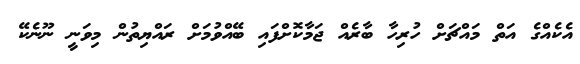
އެކެއްގެ އަތް މައްޗަށް ހުރިހާ ބާރެއް ޖަމާކޮށްފައި ބޭއްވުމަށް ރައްޔިތުން މިވަނީ ނޫނެކޭ